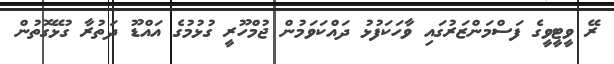
ރޭ ވީޓީވީގެ ފަސްމަންޒަރުގައި ވާހަކަފުޅު ދައްކަވަމުން ޖުމްހޫރީ ގުޅުމުގެ އައްޑޫ ދަތުރާ ގުޅޭގޮތުން